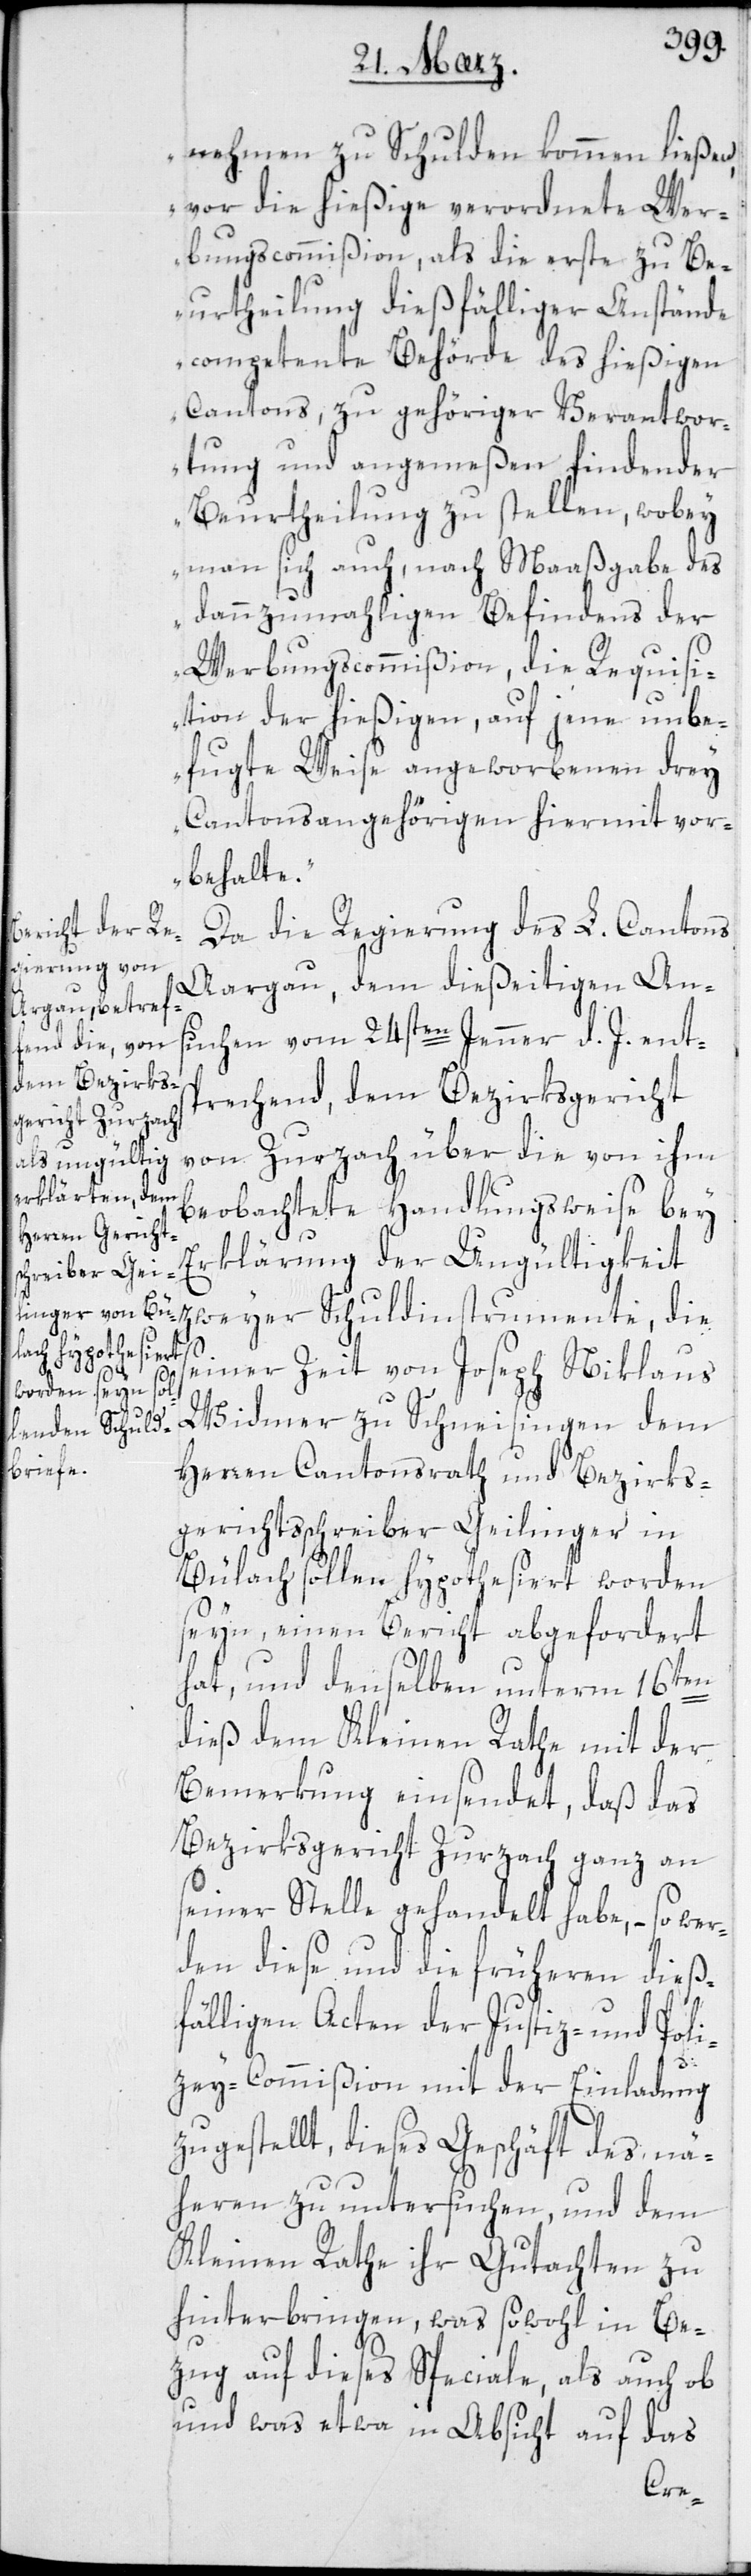
nehmen zu Schulden kommen ließen,
vor die hießige verordnete Wer¬
bungscommißion, als die erste zu Be¬
urtheilung dießfälliger Anstände
competente Behörde des hießigen
Cantons, zu gehöriger Verantwor¬
tung und angemeßen findender
Beurtheilung zu stellen, wobey
man sich auch, nach Maaßgabe des
dannzumahligen Befindens der
Werbungscommißion, die Requisi¬
tion der hießigen, auf jene unbe¬
fugte Weise angeworbenen drey
Cantonsangehörigen hiermit vor¬
behalte“.
Da die Regierung des L. Cantons
Aargau, dem dießeitigen An¬
suchen vom 24sten Jenner d. J. ents¬
prechend, dem Bezirksgericht
von Zurzach über die von ihm
beobachtete Handlungsweise bey
Erklärung der Ungültigkeit
s¬
einer Zeit von Joseph Niklaus
Widmer zu Schneisingen dem
Herren Cantonsrath und Bezirks¬
gerichtsschreiber Geilinger in
Bülach sollen hypothesiert worden
seyn, einen Bericht abgefordert
hat, und denselben unterm 16ten
dieß dem Kleinen Rathe mit der
Bemerkung einsendet, daß das
Bezirksgericht Zurzach ganz an
seiner Stelle gehandelt habe, – so wer¬
den diese und die früheren dieß¬
fälligen Acten der Justiz- und Poli¬
zey-Commißion mit der Einladung
zugestellt, dieses Geschäft des Nä¬
heren zu untersuchen, und dem
Kleinen Rathe ihr Gutachten zu
hinterbringen, was sowohl in Be¬
zug auf dieses Speciale, als auch ob
und was etwa in Absicht auf das